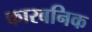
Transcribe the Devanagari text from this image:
कारबनिक